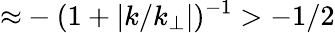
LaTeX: {\approx}-(1+|k/k_{\perp}|)^{-1}>-1/2